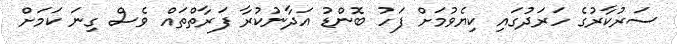
ސަރުކާރުގެ ހަރަދުގައި ކިޔެވުމަށް ފަހު ބޮންޑު އަދާނުކުރާ ފަރާތްތައް ވެސް ގިނަ ކަމަށް